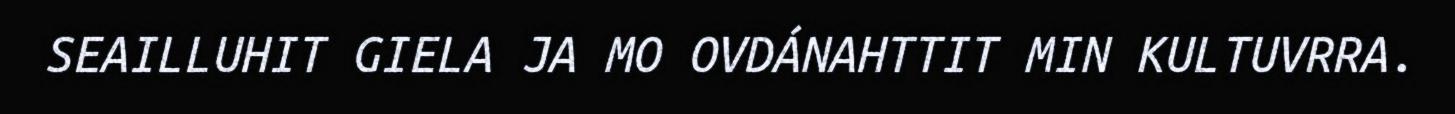
SEAILLUHIT GIELA JA MO OVDÁNAHTTIT MIN KULTUVRRA.